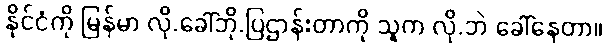
နိုင်ငံကို မြန်မာ လို.ခေါ်ဘို.ပြဌာန်းတာကို သူက လို.ဘဲ ခေါ်နေတာ။